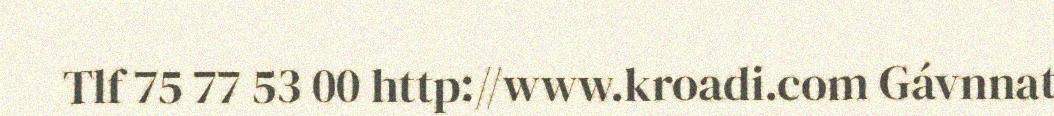
Tlf 75 77 53 00 http://www.kroadi.com Gávnnat